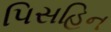
પિસહિન